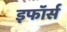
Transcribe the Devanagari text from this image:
इफॉर्स